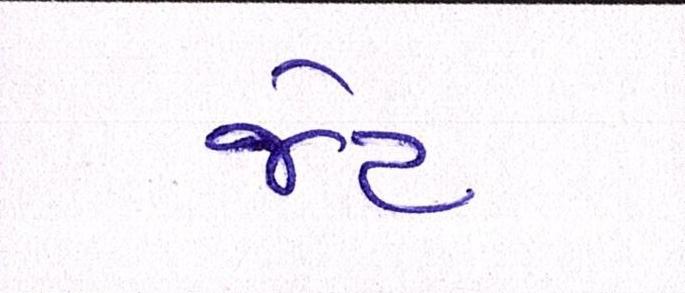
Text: જેટ